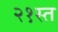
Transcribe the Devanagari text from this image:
२१स्त